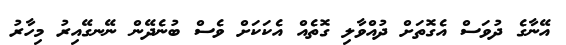
އޭނާގެ ދުވަސް އެގޮތަށް ދުއްވާލި ގޮތެއް އެކަކަށް ވެސް ބުނެދޭން ނޭނގޭއިރު މިހާރު